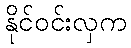
နိုင်ဝင်းလှက